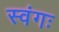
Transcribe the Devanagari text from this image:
स्वंगः